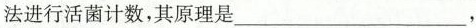
法进行活菌计数，其原理是___，